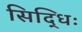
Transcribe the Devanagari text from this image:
सिद्धिः